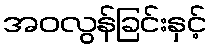
အဝလွန်ခြင်းနှင့်